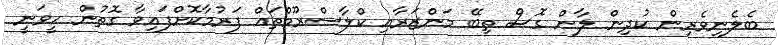
ބެލެނިވެރިން ކުދިން ލާން ގޮސް ތިބޭ މަންޒަރާއި ކްލާސްރޫމްތައް ފަރުމާކޮށްފައިވާ ގޮތުން ހީވަނީ